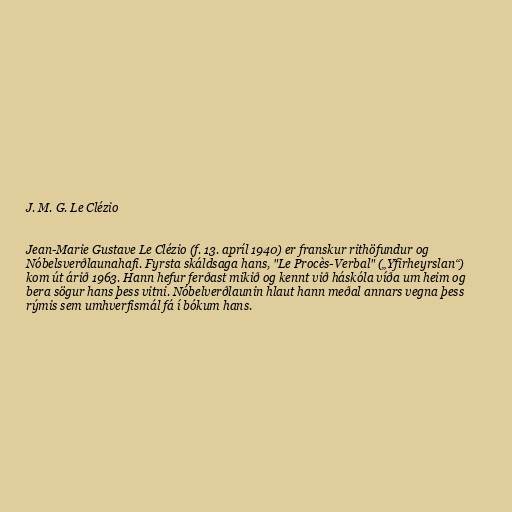
J. M. G. Le Clézio

Jean-Marie Gustave Le Clézio (f. 13. apríl 1940) er franskur rithöfundur og
Nóbelsverðlaunahafi. Fyrsta skáldsaga hans, "Le Procès-Verbal" („Yfirheyrslan“)
kom út árið 1963. Hann hefur ferðast mikið og kennt við háskóla víða um heim og
bera sögur hans þess vitni. Nóbelverðlaunin hlaut hann meðal annars vegna þess
rýmis sem umhverfismál fá í bókum hans.